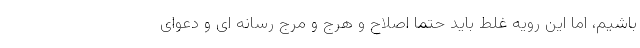
باشیم، اما این رویه غلط باید حتما اصلاح و هرج و مرج رسانه ای و دعوای